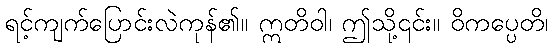
ရင့်ကျက်ပြောင်းလဲကုန်၏။ ဣတိဝါ၊ ဤသို့၎င်း။ ဝိကပ္ပေတိ၊